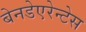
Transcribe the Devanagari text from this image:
बेनडेएरेन्टेस